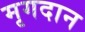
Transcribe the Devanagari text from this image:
मृगदान